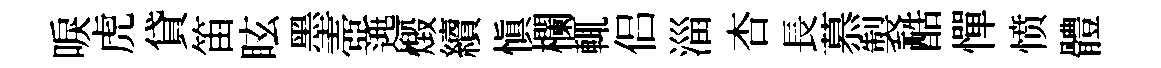
唳虎貸笛眩墨壺𨓱燬續慎欄輒侣淄杏長慕製酷憚愤體